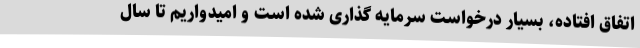
اتفاق افتاده، بسیار درخواست سرمایه گذاری شده است و امیدواریم تا سال